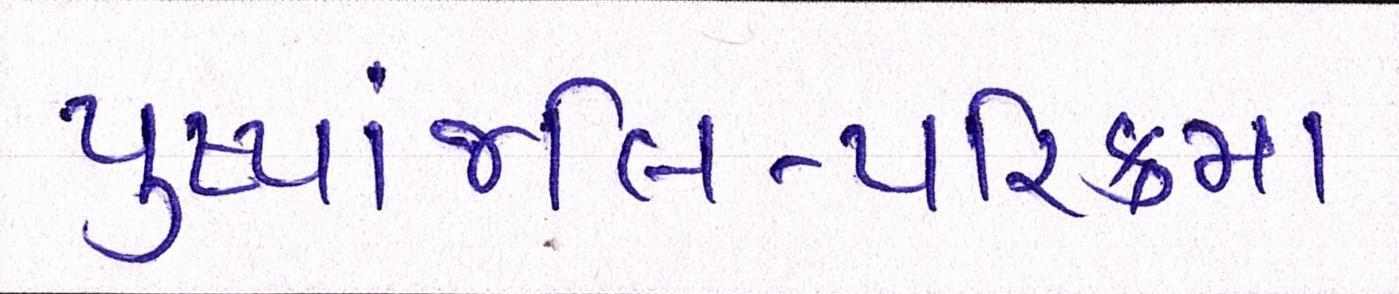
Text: પુષ્પાંજલિ-પરિક્રમા